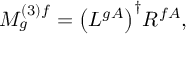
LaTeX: M _ { g } ^ { ( 3 ) f } = { \left( L ^ { g A } \right) } ^ { \dagger } R ^ { f A } ,